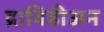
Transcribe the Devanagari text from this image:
द्राविडीअन